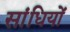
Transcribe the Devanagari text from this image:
सांधियों